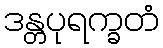
ဒန္တပုရက္ခတံ